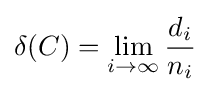
\delta (C)=\lim _{i\to \infty }{d_{i} \over n_{i}}